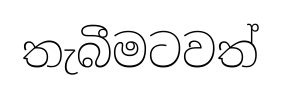
තැබීමටවත්